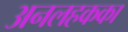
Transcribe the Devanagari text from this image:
अनलहकका